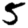
Digit: 5